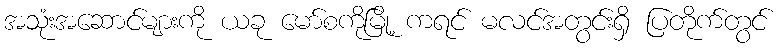
အသုံးအဆောင်များကို ယခု မော်စကိုမြို့ ကရင် မလင်အတွင်းရှိ ပြတိုက်တွင်